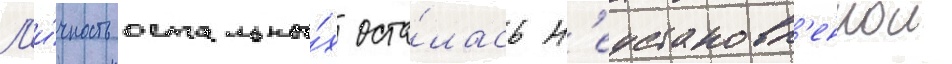
Л'и́чность остальны́х оста́лась н'еустановл'еннои